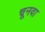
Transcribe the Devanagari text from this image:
चूनवा